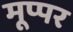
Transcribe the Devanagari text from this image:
मूप्पर